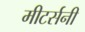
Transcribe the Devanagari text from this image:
मीटर्सनी